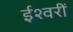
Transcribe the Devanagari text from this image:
ईश्वरीं